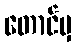
တောင်မှ